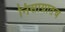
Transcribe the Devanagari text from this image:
निसाग्रातच